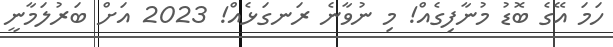
ހަަމަ އޭގެ ބޮޑު މުނާފިގެއް! މި ނުވާނެ ރަނގަޅެއްް! 2023 އަށް ބަރުލަމާނީ